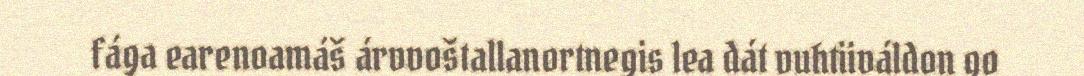
fága earenoamáš árvvoštallanortnegis lea dát vuhtiiváldon go